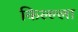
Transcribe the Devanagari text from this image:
किल्ल्ला